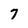
Character: 7